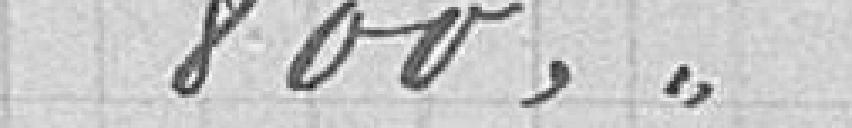
800